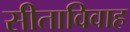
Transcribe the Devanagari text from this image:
सीताविवाह